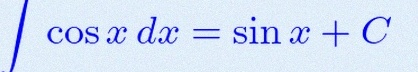
\int \cos x\,dx=\sin x+C